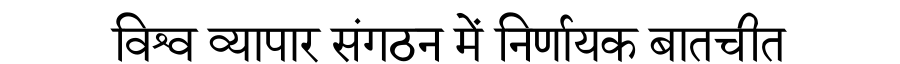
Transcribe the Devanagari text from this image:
विश्व व्यापार संगठन में निर्णायक बातचीत